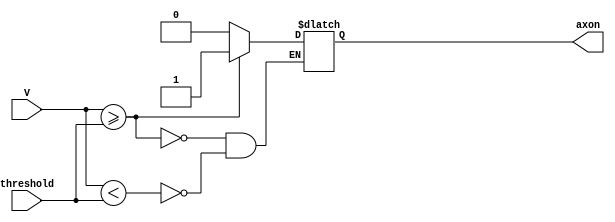
module comparator(input [7:0] V, input [7:0] threshold, output reg axon);
	always @* begin
      if (V<threshold) begin
        axon <= 0;
      end
      if (V >= threshold) begin
        axon <= 1;
      end
    end
endmodule